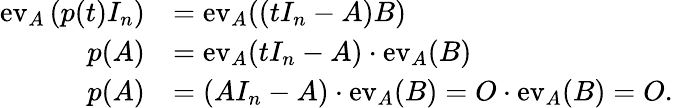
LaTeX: {\begin{array}{rl}{\operatorname{ev}_{A}\left(p(t)I_{n}\right)}&{=\operatorname{ev}_{A}((tI_{n}-A)B)}\\ {p(A)}&{=\operatorname{ev}_{A}(tI_{n}-A)\cdot\operatorname{ev}_{A}(B)}\\ {p(A)}&{=(AI_{n}-A)\cdot\operatorname{ev}_{A}(B)=O\cdot\operatorname{ev}_{A}(B)=O.}\end{array}}